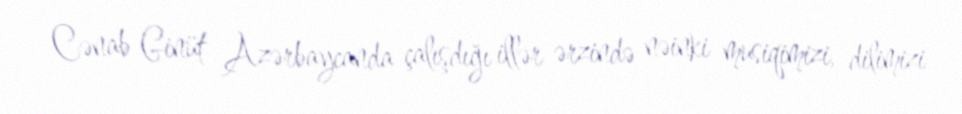
Cənab Ginüt Azərbaycanda çalışdığı illər ərzində nəinki musiqimizi, dilimizi